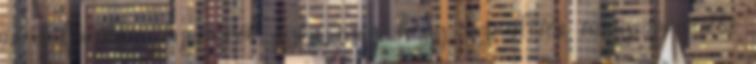
is a korábbi igazamról győz meg, hogy tízmilliós nagyságrendbe